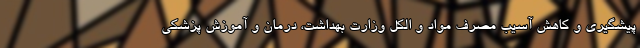
پیشگیری و کاهش آسیب مصرف مواد و الکل وزارت بهداشت، درمان و آموزش پزشکی